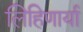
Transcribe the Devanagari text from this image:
लिहिणार्या